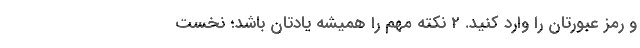
و رمز عبورتان را وارد کنید. 2 نکته مهم را همیشه یادتان باشد؛ نخست